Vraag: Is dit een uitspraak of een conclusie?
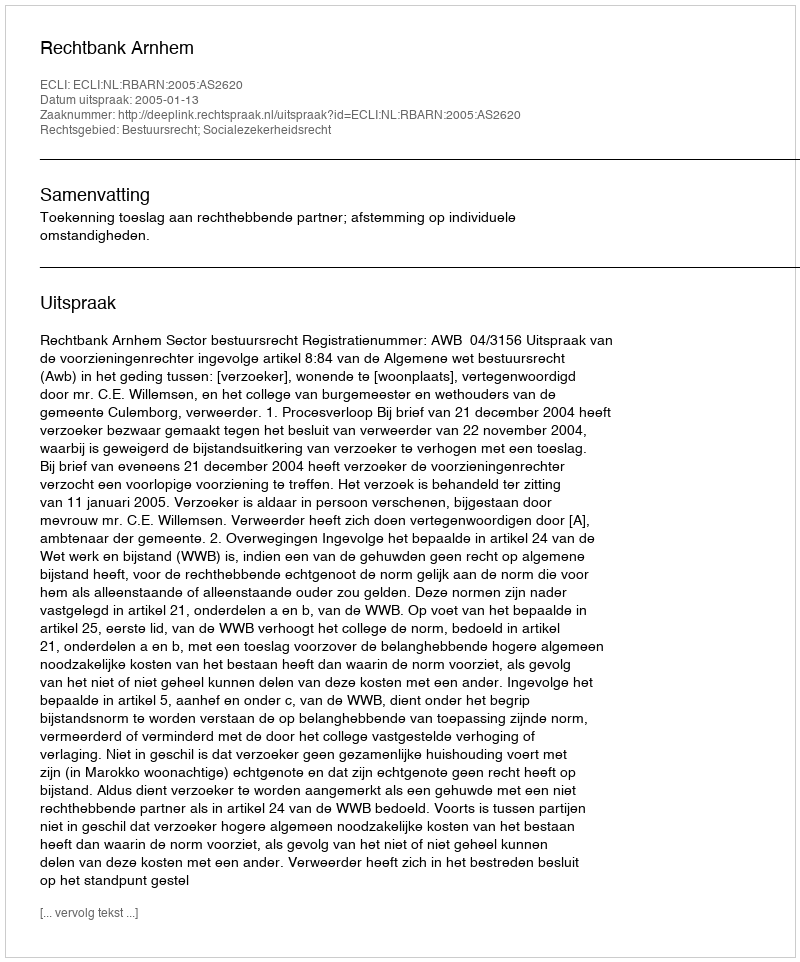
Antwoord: Uitspraak